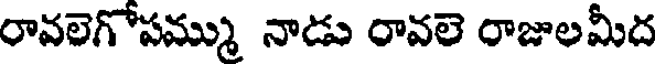
రావలెగోపమ్ము నాడు రావలె రాజులమీద